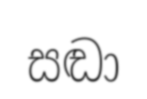
සඬා